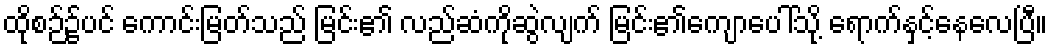
ထိုစဉ်၌ပင် ကောင်းမြတ်သည် မြင်း၏ လည်ဆံကိုဆွဲလျက် မြင်း၏ကျောပေါ်သို့ ရောက်နှင့်နေလေပြီ။